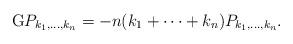
LaTeX: \begin{align*} \mathrm{G}P_{k_1,\ldots,k_n}=-n(k_1+\cdots+k_n)P_{k_1,\ldots,k_n}. \end{align*}